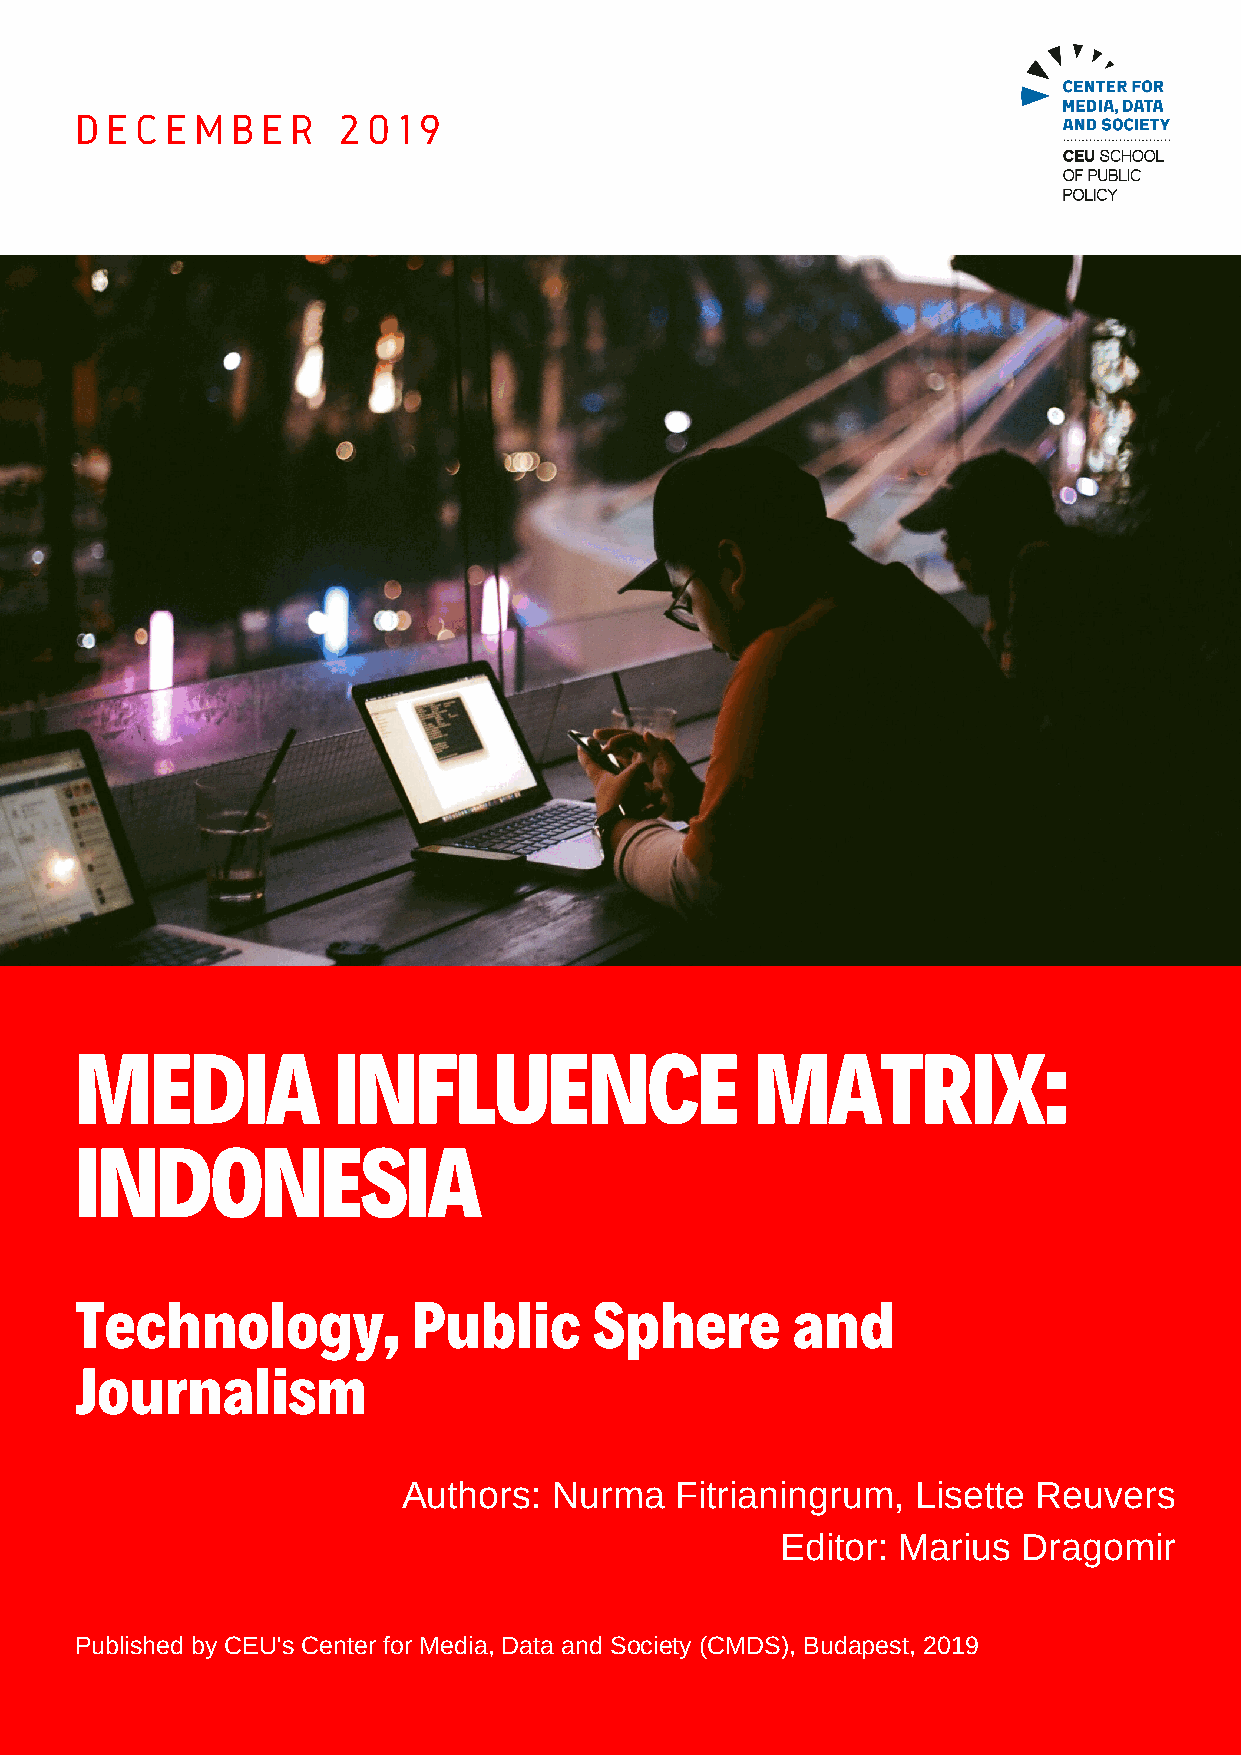
D E C E M B E R  2 0 1 9
 MEDIA            INFLUENCE                   MATRIX:
 INDONESIA
 Technology,           Public      Sphere       and
 Journalism
 Authors:  Nurma   Fitrianingrum,  Lisette Reuvers
 Editor: Marius  Dragomir
 Published by CEU's Center for Media, Data and Society (CMDS), Budapest, 2019